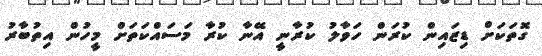
ގޮތަކަށް ޑިޒައިން ކުރަން ހަވާލު ކުރާނީ އޭނާ ކުރާ މަސައްކަތަށް މީހުން އިތުބާރު